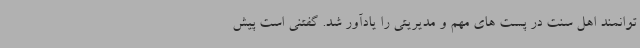
توانمند اهل سنت در پست های مهم و مدیریتی را یادآور شد. گفتنی است پیش